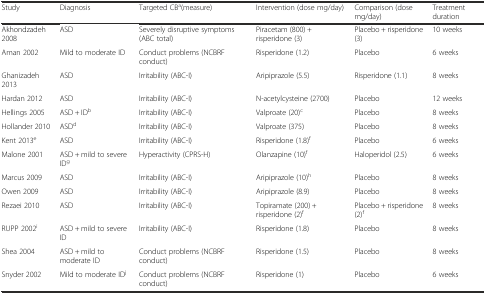
<table><thead><tr><td><b>Study</b></td><td><b>Diagnosis</b></td><td><b>Targeted CB<sup>a</sup>(measure)</b></td><td><b>Intervention (dose mg/day)</b></td><td><b>Comparison (dose mg/day)</b></td><td><b>Treatment duration</b></td></tr></thead><tbody><tr><td>Akhondzadeh 2008</td><td>ASD</td><td>Severely disruptive symptoms (ABC total)</td><td>Piracetam (800) + risperidone (3)</td><td>Placebo + risperidone (3)</td><td>10 weeks</td></tr><tr><td>Aman 2002</td><td>Mild to moderate ID</td><td>Conduct problems (NCBRF conduct)</td><td>Risperidone (1.2)</td><td>Placebo</td><td>6 weeks</td></tr><tr><td>Ghanizadeh 2013</td><td>ASD</td><td>Irritability (ABC-I)</td><td>Aripiprazole (5.5)</td><td>Risperidone (1.1)</td><td>8 weeks</td></tr><tr><td>Hardan 2012</td><td>ASD</td><td>Irritability (ABC-I)</td><td>N-acetylcysteine (2700)</td><td>Placebo</td><td>12 weeks</td></tr><tr><td>Hellings 2005</td><td>ASD + ID<sup>b</sup></td><td>Irritability (ABC-I)</td><td>Valproate (20)<sup>c</sup></td><td>Placebo</td><td>8 weeks</td></tr><tr><td>Hollander 2010</td><td>ASD<sup>d</sup></td><td>Irritability (ABC-I)</td><td>Valproate (375)</td><td>Placebo</td><td>8 weeks</td></tr><tr><td>Kent 2013<sup>e</sup></td><td>ASD</td><td>Irritability (ABC-I)</td><td>Risperidone (1.8)<sup>f</sup></td><td>Placebo</td><td>6 weeks</td></tr><tr><td>Malone 2001</td><td>ASD + mild to severe ID<sup>g</sup></td><td>Hyperactivity (CPRS-H)</td><td>Olanzapine (10)<sup>f</sup></td><td>Haloperidol (2.5)</td><td>6 weeks</td></tr><tr><td>Marcus 2009</td><td>ASD</td><td>Irritability (ABC-I)</td><td>Aripiprazole (10)<sup>h</sup></td><td>Placebo</td><td>8 weeks</td></tr><tr><td>Owen 2009</td><td>ASD</td><td>Irritability (ABC-I)</td><td>Aripiprazole (8.9)</td><td>Placebo</td><td>8 weeks</td></tr><tr><td>Rezaei 2010</td><td>ASD</td><td>Irritability (ABC-I)</td><td>Topiramate (200) + risperidone (2)<sup>f</sup></td><td>Placebo + risperidone (2)<sup>f</sup></td><td>8 weeks</td></tr><tr><td>RUPP 2002<sup>i</sup></td><td>ASD + mild to severe ID</td><td>Irritability (ABC-I)</td><td>Risperidone (1.8)</td><td>Placebo</td><td>8 weeks</td></tr><tr><td>Shea 2004</td><td>ASD + mild to moderate ID</td><td>Conduct problems (NCBRF conduct)</td><td>Risperidone (1.5)</td><td>Placebo</td><td>8 weeks</td></tr><tr><td>Snyder 2002</td><td>Mild to moderate ID<sup>j</sup></td><td>Conduct problems (NCBRF conduct)</td><td>Risperidone (1)</td><td>Placebo</td><td>6 weeks</td></tr></tbody></table>